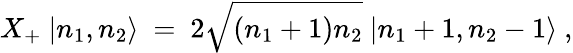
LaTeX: X_{+}\ |n_{1},n_{2}\rangle\ =\ 2\sqrt{(n_{1}+1)n_{2}}\ |n_{1}+1,n_{2}-1\rangle\ ,